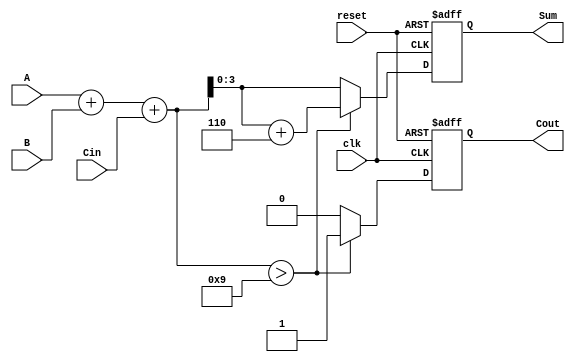
module BCD_Sequential_Adder (
    input wire [3:0] A,        // BCD input A
    input wire [3:0] B,        // BCD input B
    input wire Cin,            // Carry input
    input wire clk,            // Clock input
    input wire reset,          // Reset input
    output reg [3:0] Sum,      // BCD output sum
    output reg Cout            // Carry output
);
    reg [4:0] Temp;            // Intermediate result (5 bits)

    always @(posedge clk or posedge reset) begin
        if (reset) begin
            Sum <= 4'b0000;    // Reset Sum to 0
            Cout <= 1'b0;      // Reset Cout to 0
        end else begin
            // Perform binary addition
            Temp = A + B + Cin;

            // Check if Temp exceeds BCD limit
            if (Temp > 5'b01001) begin // If Temp > 9
                Temp = Temp + 5'b00110; // Add 6 to adjust for BCD
                Cout <= 1'b1;            // Set carry out
            end else begin
                Cout <= 1'b0;            // No carry out
            end

            // Assign lower 4 bits of Temp to Sum
            Sum <= Temp[3:0];
        end
    end
endmodule